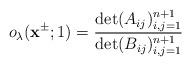
LaTeX: \begin{align*}o_\lambda(\mathbf{x}^{\pm};1)=\frac{\det(A_{ij})^{n+1}_{i,j=1}}{\det(B_{ij})^{n+1}_{i,j=1}}\end{align*}